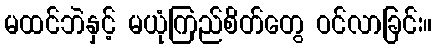
မထင်ဘဲနှင့် မယုံကြည်စိတ်တွေ ဝင်လာခြင်း။